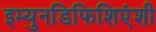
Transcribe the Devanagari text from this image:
इम्युनडिफिशिएंशी